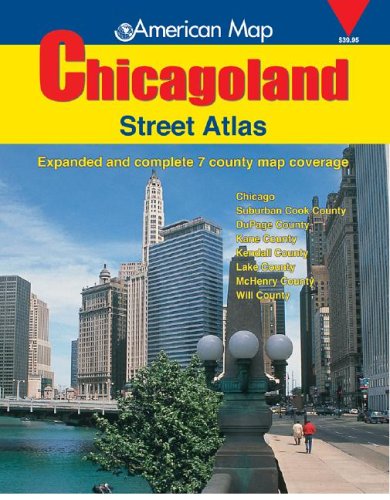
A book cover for American Map Chicagoland Street Atlas: 2005 (Chicagoland Atlas); Creative Sales Corp.; Travel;